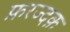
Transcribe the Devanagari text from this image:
फ़रज्दक़